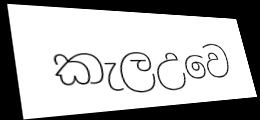
කැලඋවෙ